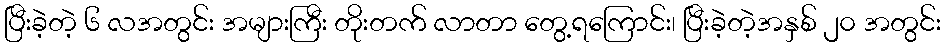
ပြီးခဲ့တဲ့ ၆ လအတွင်း အများကြီး တိုးတက် လာတာ တွေ့ရကြောင်း၊ ပြီးခဲ့တဲ့အနှစ် ၂၀ အတွင်း